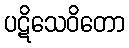
ပဋိသေဝိတော